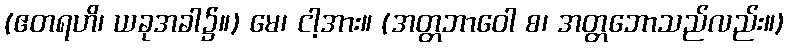
(ဧတရဟိ၊ ယခုအခါ၌။) မေ၊ ငါ့အား။ (အတ္တဘာဝေါ စ၊ အတ္တဘောသည်လည်း။)